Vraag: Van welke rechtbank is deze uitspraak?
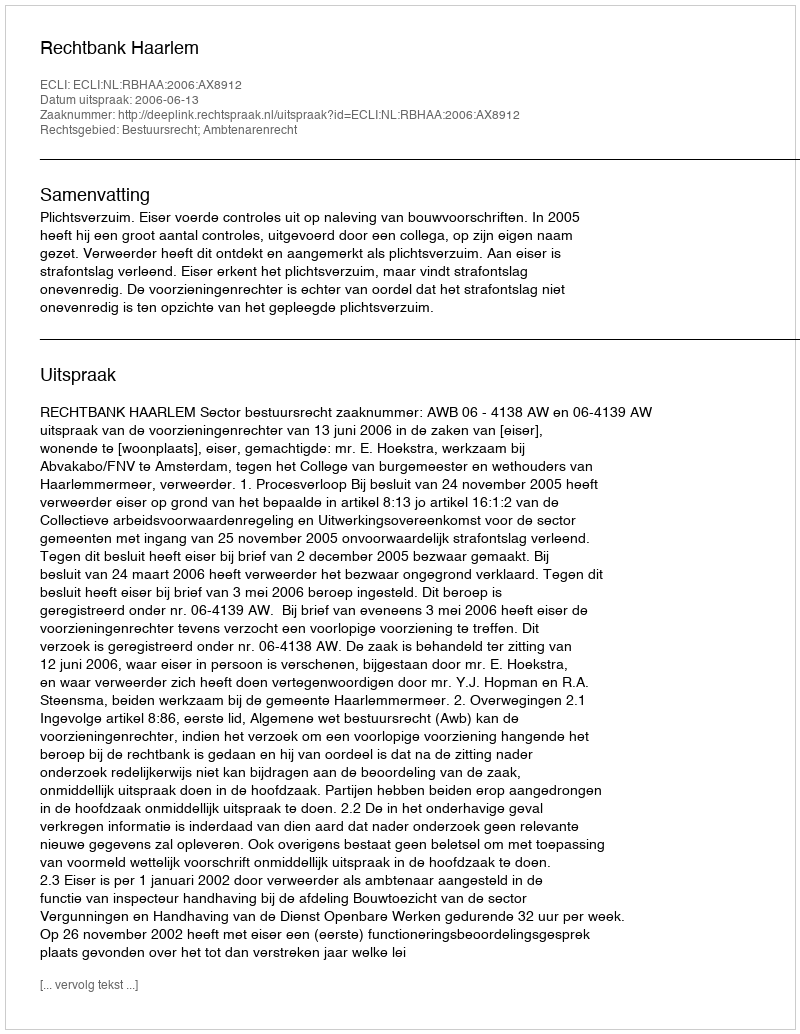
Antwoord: Rechtbank Haarlem